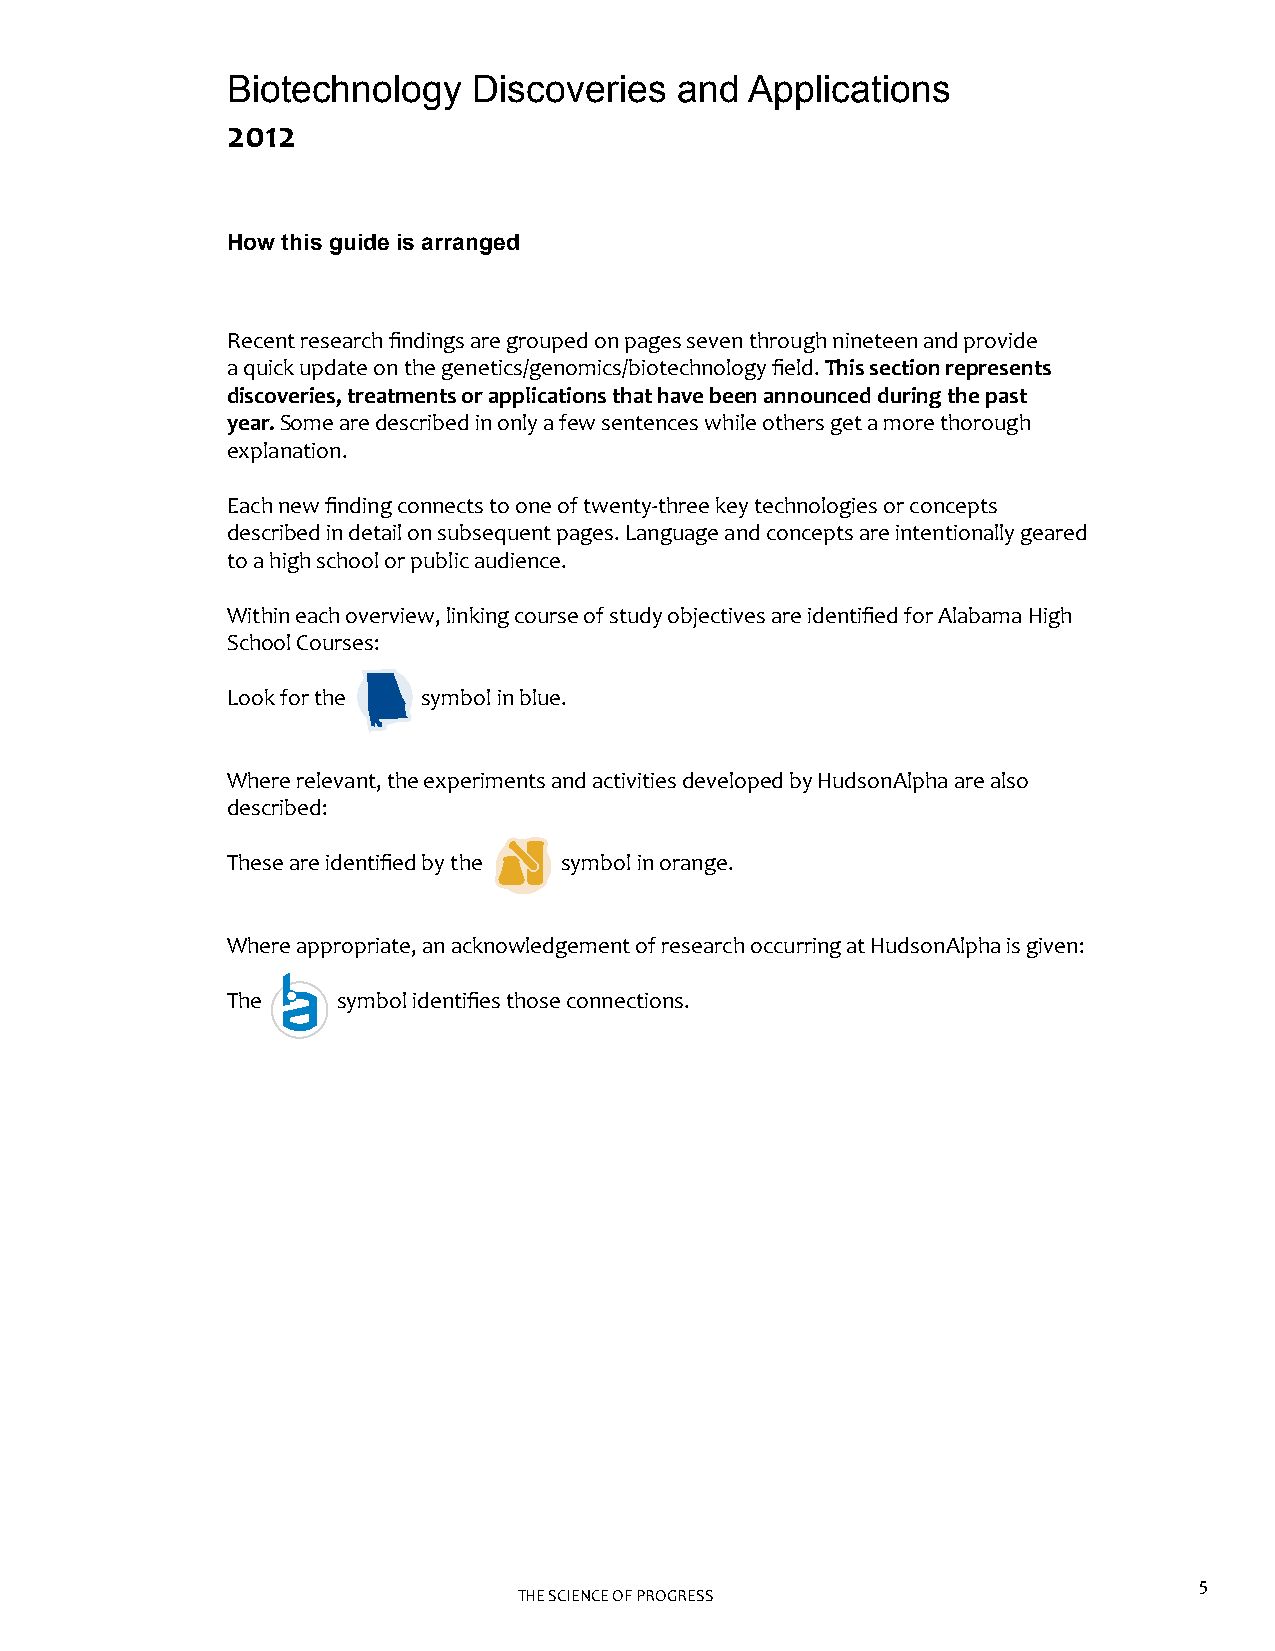
Biotechnology   Discoveries   and  Applications
 2012
 How this guide is arranged
 Recent research findings are grouped on pages seven through nineteen and provide
 a quick update on the genetics/genomics/biotechnology field. This section represents
 discoveries, treatments or applications that have been announced during the past
 year. Some are described in only a few sentences while others get a more thorough
 explanation.
 Each new finding connects to one of twenty-three key technologies or concepts
 described in detail on subsequent pages. Language and concepts are intentionally geared
 to a high school or public audience.
 Within each overview, linking course of study objectives are identified for Alabama High
 School Courses:
 Look for the symbol in blue.
 Where relevant, the experiments and activities developed by HudsonAlpha are also
 described:
 These are identified by the symbol in orange.
 Where appropriate, an acknowledgement of research occurring at HudsonAlpha is given:
 The    symbol identifies those connections.
 5
 THE SCIENCE OF PROGRESS